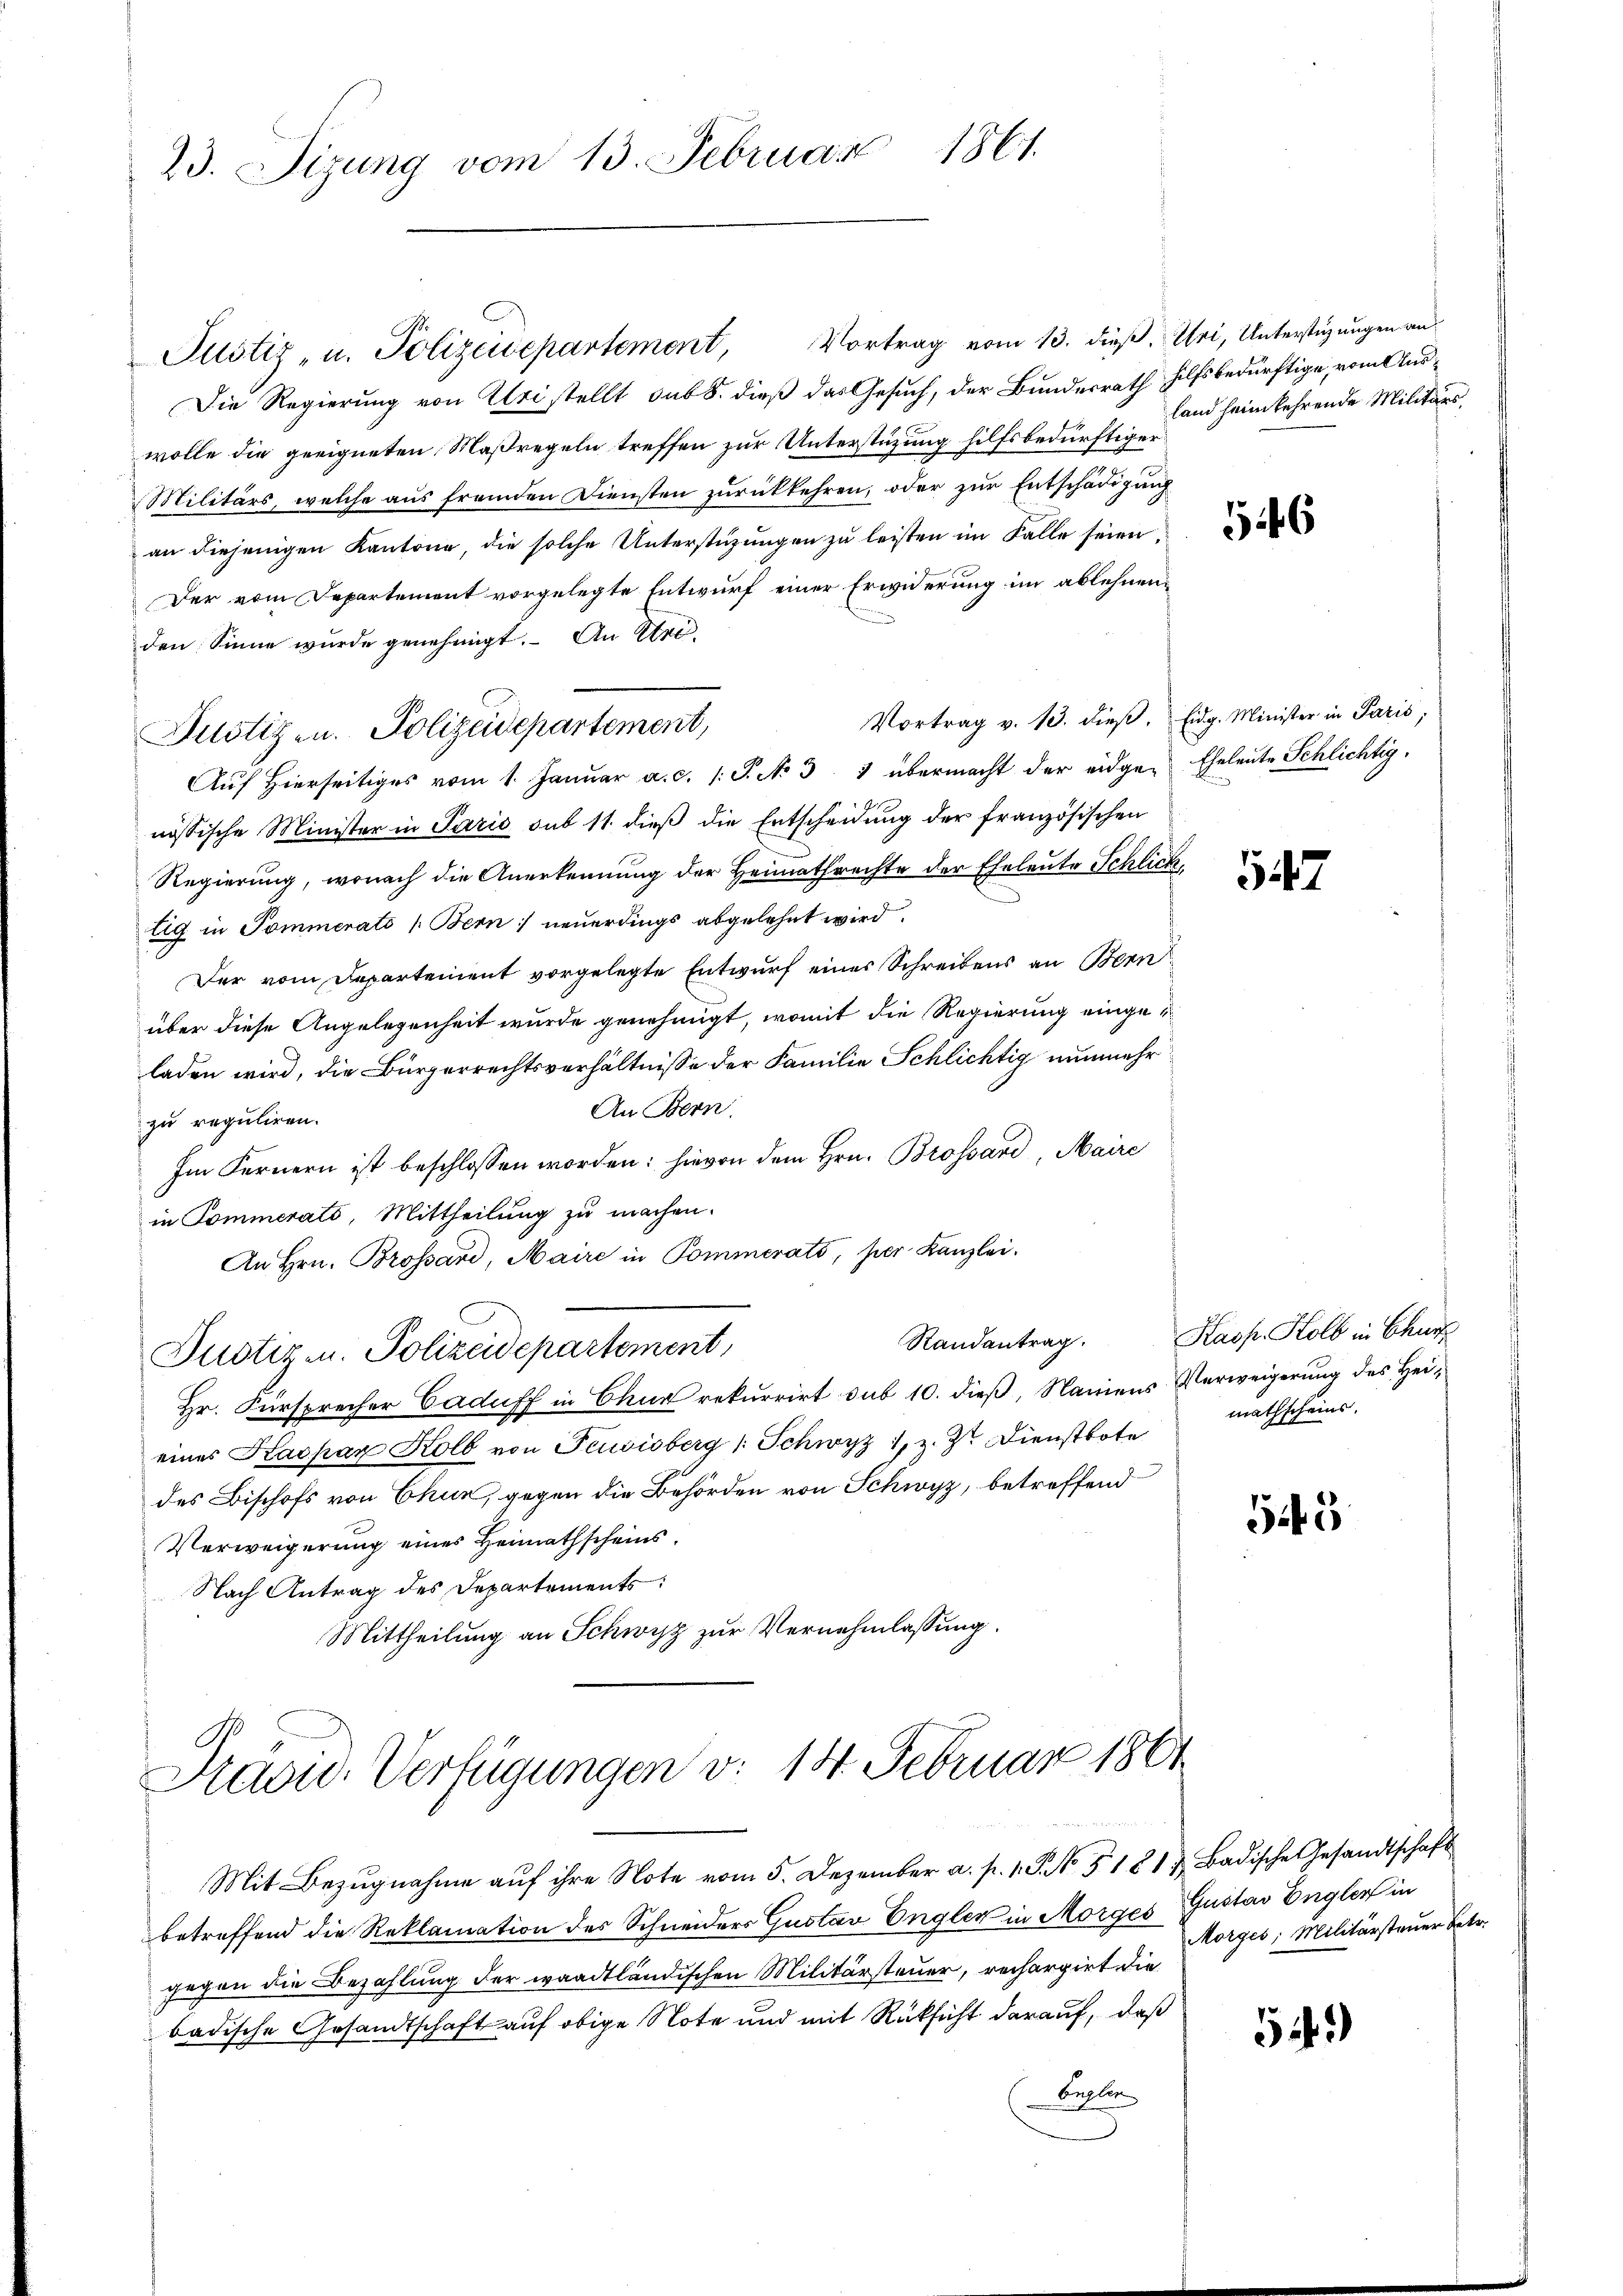
23. Sizung vom 13. Februar 1861.

Justiz- u. Polizeidepartement,

Justiz- u. Polizeisepartement, Vortrag vom 13. dieß. Uri, Unterstigungen an
Die Regierung von Uri stellt sub 8. dieß das Gesuch, der Bundesrath Hilfsbedürftige, vom Auswolle die geeigneten Maßregeln treffen zur Unterstüzung hilfsbedürftiger
Militärs, welche aus fremden Diensten zurückkehren; oder zur Entschädigung
an diejenigen Kantone, die solche Unterstützungen zu leisten im Falle seien.
Der vom Departement vorgelegte Entwurf einer Erwiderung im ablehnenden Sinne wurde genehmigt. An Stre¬
Vortrag v. 13. dieβ, Eidg. Minister in Paris;
Aŭf Hierseitiges vom 1. Januar a. c. 1. P. N. 3 1 übermacht der eidge- Eheleute Schlichtig,
nössische Minister in Paris sub 11. dieß die Entscheidung der französischen
Regierung, wonach die Anerkennung der Heimathrechte der Eheleute Schlichtig in Pommerats (Bern neuerdings abgelehnt wird.
Der vom Departement vorgelegte Entwurf eines Schreibens an Bern
über diese Angelegenheit wurde genehmigt, womit die Regierung eingeladen wird, die Bürgerrechtsverhältnisse der Familie Schlichtig nunmehr
An Bern.
zu reguliren.
Im Fernern ist beschlossen worden: hievon dem Hrn. Brossard, Maire
in Pommerats, Mittheilung zu machen.
An Hrn. Brossard, Maire in Pommerats, per Kanzlei.
Justiz- u. Polizeidepartement,
Hr. Fürsprecher Caduff in Chur rekurrirt sub 10. dieß, Namens Verweigerung des Heieines Kaspar Kolb von Feusisberg (: Schwyz 1, z. Zt. Dienstbote mathscheins,
des Bischofs von Chur, gegen die Behörden von Schwyz, betreffend
Verweigerung eines Heimathscheins¬
Nach Antrag des Departements
Mittheilung an Schwyz zur Vernehmlassung.

Präsid. Verfügungen v. 14. Februar 1861

land heimkehrende Militärs,

Mit Bezŭgnahme aŭf ihre Note vom 5. Dezember a. p. 1. P. No. 511 u Badische Gesandtschaft
betreffend die Reklamation des Schneiders Gustav Engler in Morges Gustav Engler in
gegen die Bezahlung der waadtländischen Militärsteuer, rechargirt die
badische Gesandtschaft auf obige Note und mit Rücksicht darauf, daß
Engler

56

547

Randantrag. Kasp. Kolb in Churf

52

Morges, Militärstauer Betr.

52)